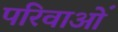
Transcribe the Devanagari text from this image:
परिवाओं